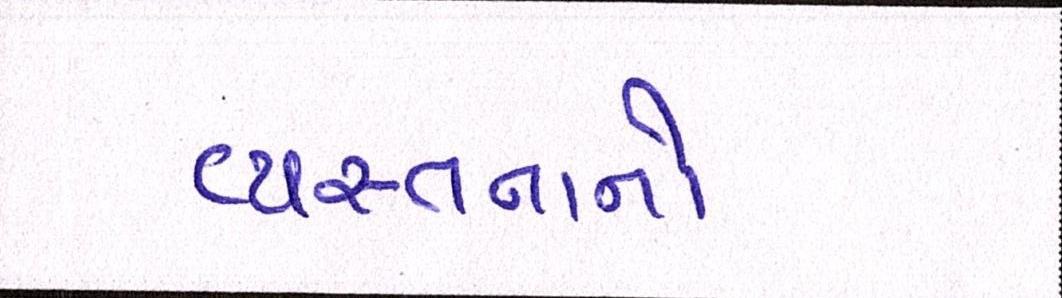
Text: વ્યસ્તતાનો